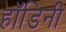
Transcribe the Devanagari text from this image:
हॉडिनी